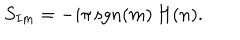
S _ { I m } = - i \pi \, \mathrm { s g n } ( m ) \, H ( n ) .